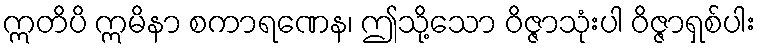
ဣတိပိ ဣမိနာ စကာရဏေန၊ ဤသို့သော ဝိဇ္ဇာသုံးပါ ဝိဇ္ဇာရှစ်ပါး